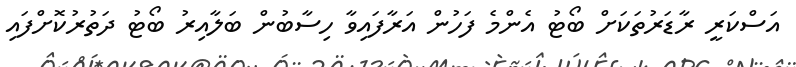
އަސްކަރީ ރާޑަރުތަކަށް ބޯޓު އެންމެ ފަހުން އަރާފައިވާ ހިސާބުން ބަލާއިރު ބޯޓު ދަތުރުކޮށްފައި